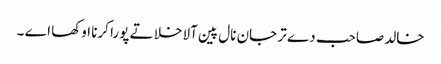
خالد صاحب دے تر جان نال پین آلا خلا تے پورا کرنا اوکھا اے ۔